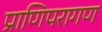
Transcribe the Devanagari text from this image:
प्राणिपरागण